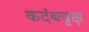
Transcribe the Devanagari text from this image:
कदंबवृक्ष